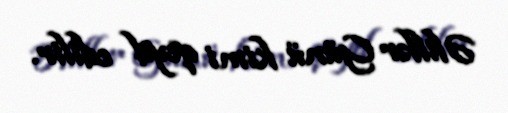
Əlillər Günü kimi qeyd edilir.